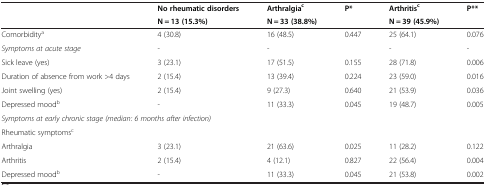
<table><thead><tr><td><b> </b></td><td><b>No rheumatic disorders</b></td><td><b>Arthralgia<sup>c</sup></b></td><td><b>P*</b></td><td><b>Arthritis<sup>c</sup></b></td><td><b>P**</b></td></tr><tr><td><b> </b></td><td><b>N = 13 (15.3%)</b></td><td><b>N = 33 (38.8%)</b></td><td><b> </b></td><td><b>N = 39 (45.9%)</b></td><td><b> </b></td></tr></thead><tbody><tr><td>Comorbidity<sup>a</sup></td><td>4 (30.8)</td><td>16 (48.5)</td><td>0.447</td><td>25 (64.1)</td><td>0.076</td></tr><tr><td><i>Symptoms at acute stage</i></td><td>-</td><td>-</td><td> </td><td>-</td><td>-</td></tr><tr><td>Sick leave (yes)</td><td>3 (23.1)</td><td>17 (51.5)</td><td>0.155</td><td>28 (71.8)</td><td>0.006</td></tr><tr><td>Duration of absence from work &gt;4 days</td><td>2 (15.4)</td><td>13 (39.4)</td><td>0.224</td><td>23 (59.0)</td><td>0.016</td></tr><tr><td>Joint swelling (yes)</td><td>2 (15.4)</td><td>9 (27.3)</td><td>0.640</td><td>21 (53.9)</td><td>0.036</td></tr><tr><td>Depressed mood<sup>b</sup></td><td>-</td><td>11 (33.3)</td><td>0.045</td><td>19 (48.7)</td><td>0.005</td></tr><tr><td colspan="4"><i>Symptoms at early chronic stage (median: 6 months after infection)</i></td><td> </td><td> </td></tr><tr><td>Rheumatic symptoms<sup>c</sup></td><td> </td><td> </td><td> </td><td> </td><td> </td></tr><tr><td>Arthralgia</td><td>3 (23.1)</td><td>21 (63.6)</td><td>0.025</td><td>11 (28.2)</td><td>0.122</td></tr><tr><td>Arthritis</td><td>2 (15.4)</td><td>4 (12.1)</td><td>0.827</td><td>22 (56.4)</td><td>0.004</td></tr><tr><td>Depressed mood<sup>b</sup></td><td>-</td><td>11 (33.3)</td><td>0.045</td><td>21 (53.8)</td><td>0.002</td></tr></tbody></table>